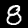
Digit: 8